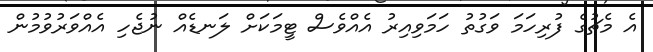
އެ މެޗުގެ ފުރިހަމަ ވަގުތު ހަމަވިއިރު އެއްވެސް ޓީމަކަށް ލަނޑެއް ނުޖެހި އެއްވަރުވުމުން